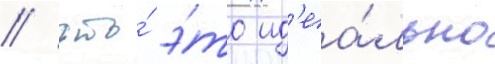
/ что́ э́то ид'еа́льно